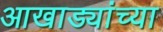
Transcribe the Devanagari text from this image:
आखाड्यांच्या